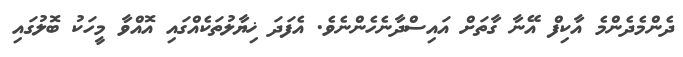
ދެންމެދެންމެ އާކިފް އޭނާ ގާތަށް އައިސްދާނެހެންނެވެ. އެފަދަ ޚިޔާލުތަކެއްގައި އޮއްވާ މީހަކު ބޮލުގައި